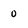
Character: 0